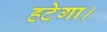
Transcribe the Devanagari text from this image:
हटेगा।